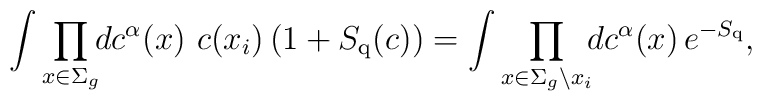
\int \prod_{x\in \Sigma_{g}}\!\!dc^{\alpha}(x) \,\, c(x_{i}) \left( 1 +       S_{{\rm q}}(c)\right) =  \int \prod_{x\in \Sigma_{g}\setminus x_{i}}   \!\! dc^{\alpha}(x) \,e^{-S_{{\rm q}}},